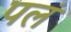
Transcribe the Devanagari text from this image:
पलं